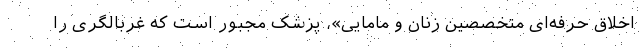
اخلاق حرفه‌ای متخصصین زنان و مامایی»، پزشک مجبور است که غربالگری را